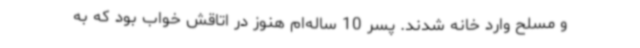
و مسلح وارد خانه شدند. پسر 10 ساله‌ام هنوز در اتاقش خواب بود که به